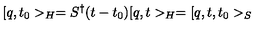
[ q , t _ { 0 } > _ { H } = S ^ { \dagger } ( t - t _ { 0 } ) [ q , t > _ { H } = [ q , t , t _ { 0 } > _ { S }